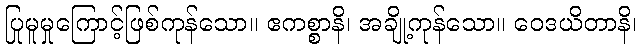
ပြုမူမှုကြောင့်ဖြစ်ကုန်သော။ ဧကစ္စာနိ၊ အချို့ကုန်သော။ ဝေဒယိတာနိ၊